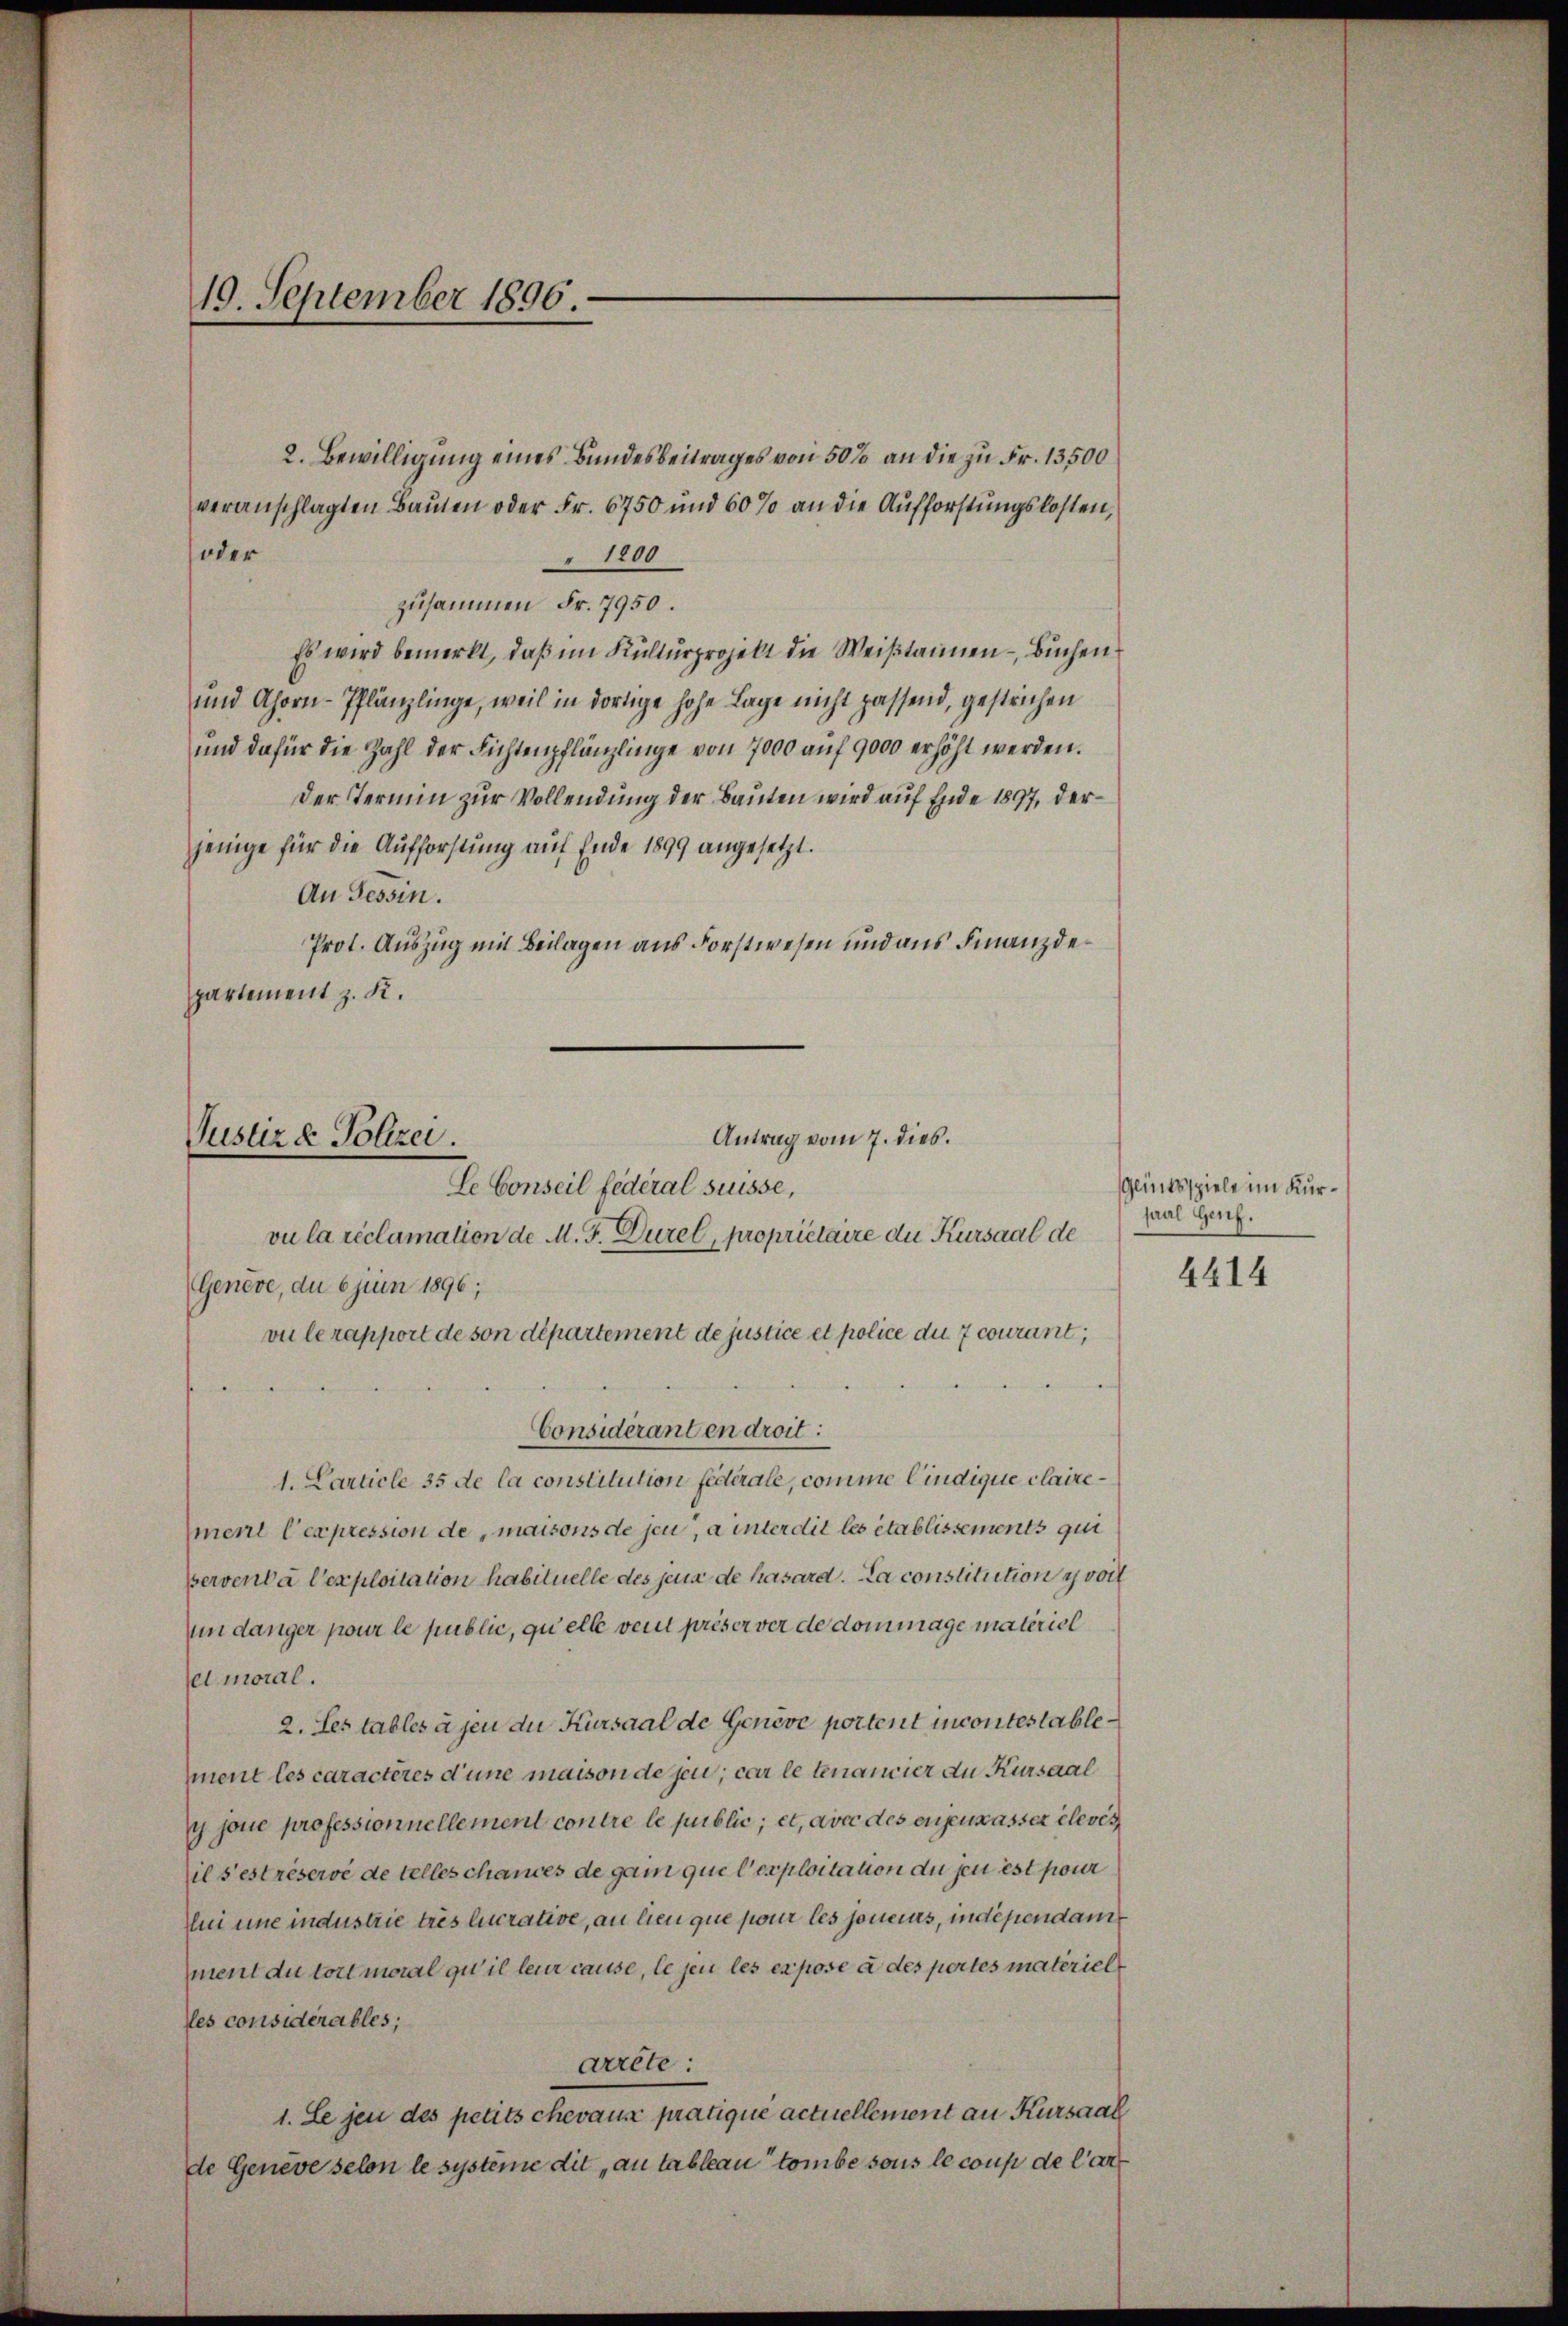
19. September 1896.

2. Bewilligung eines Bundesbeitrages von 50% an die zu Fr. 13500
veranschlagten Bauten oder Fr. 6750 und 60% an die Aufforstungskosten,
oder
1800
zusammen Fr. 7950.
Es wird bemerkt, daβ im Kulturprojekt die Weistainen Buchen
und Ahorn-Pflänzlinge, weil in dortige hohe Lage nicht passend, gestrichen
und dafür die Zahl der Fichtenpflänzlinge von 7000 auf 9000 erhöht werden.
Der Termin zur Vollendung der Bauten wird auf Ende 1897, der
jenige für die Aufforstung auf Ende 1899 angesetzt.
An Tessin.
Prot. Auszug mit Beilagen aus Forstwesen und aus Finanzdepartement z. K.

Antrag vom 7. dies.
Justiz & Polizei
Le Conseil fédéral süsse,

vu la réclamation de M. J. Dürel, propriétaire die Kursaal de
Geneve, du 6 juni 1896;
vu lerapport de son département de justice et police du 7 courant,
Considéranten droit:
1. Carticle 35 de la constitution federale, comme lindique clairement l’expression de maisons de jen, a interdit les établissements qui
perventa l’exploitation habituelle des jena de hasard. La constitution voll
undanger pour le public, quelle veut priser vor de dommage materiel
el moral.
2. Les tables à jen die Kürsaal de Genève portent incontestablemnent les caractères d’une maison de sei; car le tenancier an Kursaal
y jene professionnellement contre le public; et, avec des engenwasser elever
il s’est réserve de telles chances de ganz que l’exploitation du sei est pour
li eine industrie trés lucrative, an lieu que pour les joneins, indépendamment du tort moral zu il leur cause, le jen les expose à des pertes materielles considerables;
arrête:
1. Le jen des petits chevaux pratique actuellement an Kursaal
de Geneve selon le systeme dit „an tableau tombe sous le coup de Car

Glinksspiele im Kursaal Genf.

4414